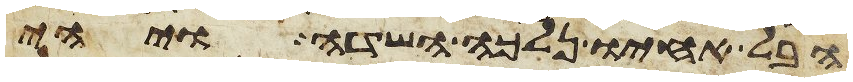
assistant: הבל אחיו נלכה השדה ויהי